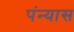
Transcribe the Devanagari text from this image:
पंन्यास